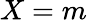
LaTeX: X=m